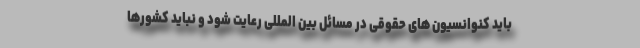
باید کنوانسیون های حقوقی در مسائل بین المللی رعایت شود و نباید کشورها